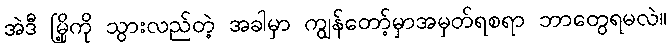
အဲဒီ မြို့ကို သွားလည်တဲ့ အခါမှာ ကျွန်တော့်မှာအမှတ်ရစရာ ဘာတွေရမလဲ။